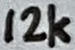
Text: 12k